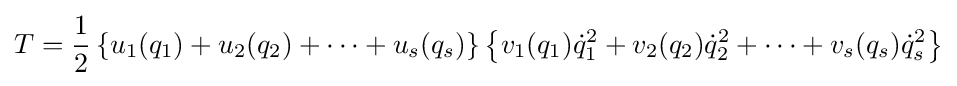
T={\frac {1}{2}}\left\{u_{1}(q_{1})+u_{2}(q_{2})+\cdots +u_{s}(q_{s})\right\}\left\{v_{1}(q_{1}){\dot {q}}_{1}^{2}+v_{2}(q_{2}){\dot {q}}_{2}^{2}+\cdots +v_{s}(q_{s}){\dot {q}}_{s}^{2}\right\}